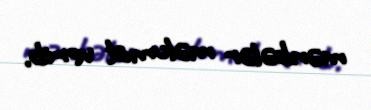
mənbələr məlumat verib.